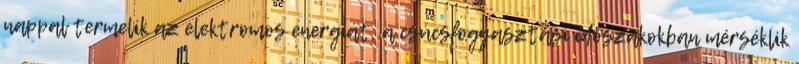
nappal termelik az elektromos energiát, a csúcsfogyasztási időszakokban mérséklik